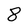
Character: 8